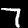
Digit: 7